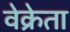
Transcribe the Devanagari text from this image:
वेक्रेता